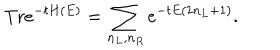
LaTeX: \mathrm { T r } e ^ { - t H ( E ) } = \sum _ { n _ { L } , n _ { R } } e ^ { - t E ( 2 n _ { L } + 1 ) } .